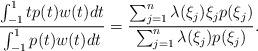
LaTeX: \begin{align*}\frac{\int_{-1}^1tp(t)w(t)dt}{\int_{-1}^1p(t)w(t)dt}=\frac{\sum_{j=1}^n\lambda(\xi_j)\xi_jp(\xi_j)}{\sum_{j=1}^n\lambda(\xi_j)p(\xi_j)}.\end{align*}